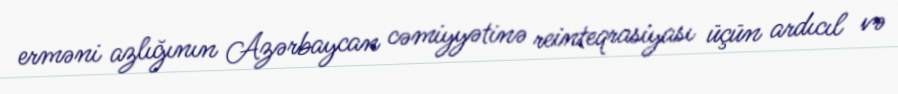
erməni azlığının Azərbaycan cəmiyyətinə reinteqrasiyası üçün ardıcıl və